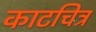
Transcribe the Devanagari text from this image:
काटचित्र